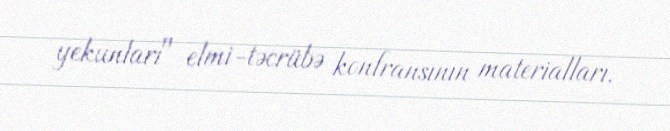
yekunları" elmi-təcrübə konfransının materialları.